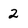
Character: 2